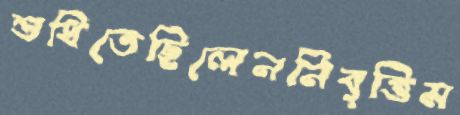
শুধিতেছিলেননিবৃত্তিম